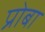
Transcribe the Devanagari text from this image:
प्रोबा